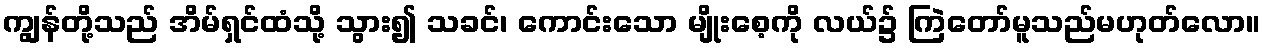
ကျွန်တို့သည် အိမ်ရှင်ထံသို့ သွား၍ သခင်၊ ကောင်းသော မျိုးစေ့ကို လယ်၌ ကြဲတော်မူသည်မဟုတ်လော။